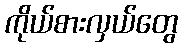
ကိုယ်စားလှယ်တွေ